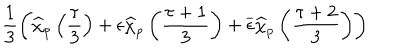
\frac { 1 } { 3 } \left( \widehat { \chi } _ { p } \left( \frac { \tau } { 3 } \right) + \epsilon \widehat { \chi } _ { p } \left( \frac { \tau + 1 } { 3 } \right) + \overline { { { \epsilon } } } \widehat { \chi } _ { p } \left( \frac { \tau + 2 } { 3 } \right) \right)